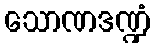
သောဏဒဏ္ဍံ